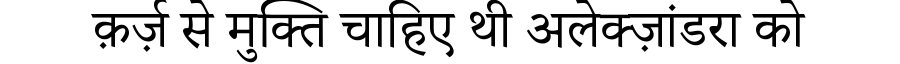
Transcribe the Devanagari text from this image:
क़र्ज़ से मुक्ति चाहिए थी अलेक्ज़ांडरा को